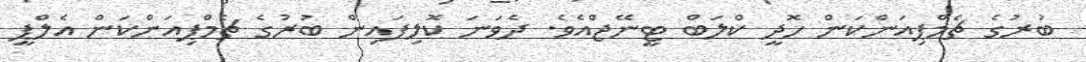
ބުރުގެ ޗެމްޕިއަންކަން ހޮދީ ކްލަބް ޓީނޭޖްއެވެ. ދެވަނަ ކޮލިފައިން ބުރުގެ ޗެމްޕިއަންކަން އެލްޕީ